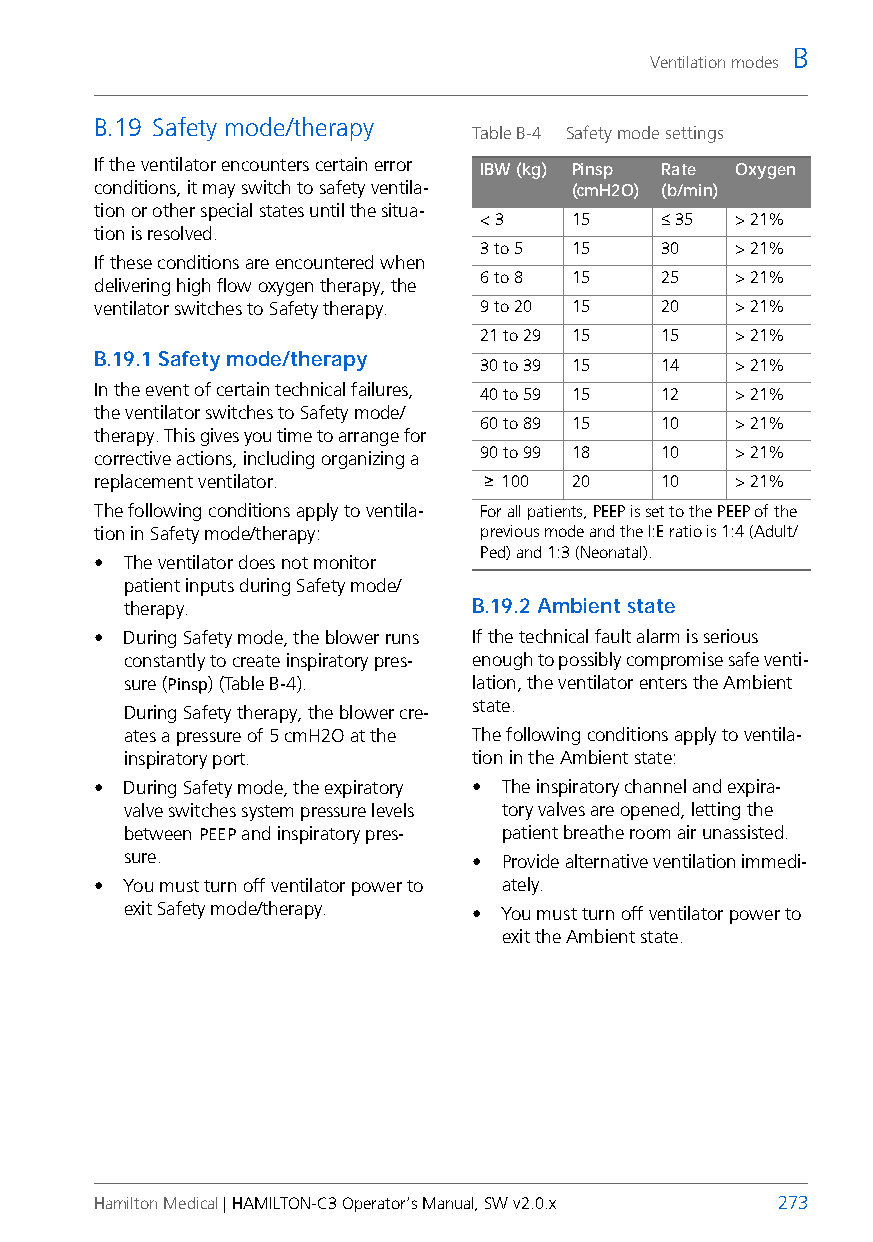
B
 Ventilation modes
 B.19 Safety mode/therapy
 Table B-4 Safety mode settings
 If the ventilator encounters certain error IBW (kg) Pinsp Rate Oxygen
 conditions, it may switch to safety ventila- (cmH2O) (b/min)
 tion or other special states until the situa-
 < 3   15    ≤ 35 > 21%
 tion is resolved.
 3 to 5 15   30   > 21%
 If these conditions are encountered when
 6 to 8 15   25   > 21%
 delivering high flow oxygen therapy, the
 ventilator switches to Safety therapy. 9 to 20 15 20 > 21%
 21 to 29 15 15   > 21%
 B.19.1Safety mode/therapy
 30 to 39 15 14   > 21%
 In the event of certain technical failures, 40 to 59 15 12 > 21%
 the ventilator switches to Safety mode/
 60 to 89 15 10   > 21%
 therapy. This gives you time to arrange for
 corrective actions, including organizing a 90 to 99 18 10 > 21%
 replacement ventilator.   ≥ 100 20    10   > 21%
 The following conditions apply to ventila- For all patients, PEEP is set to the PEEP of the
 tion in Safety mode/therapy: previous mode and the I:E ratio is 1:4 (Adult/
 Ped) and 1:3 (Neonatal).
 • The ventilator does not monitor
 patient inputs during Safety mode/
 therapy.               B.19.2Ambient state
 • During Safety mode, the blower runs If the technical fault alarm is serious
 constantly to create inspiratory pres- enough to possibly compromise safe venti-
 sure (Pinsp) (Table B-4). lation, the ventilator enters the Ambient
 state.
 During Safety therapy, the blower cre-
 ates a pressure of 5 cmH2O at the The following conditions apply to ventila-
 inspiratory port.      tion in the Ambient state:
 • During Safety mode, the expiratory • The inspiratory channel and expira-
 valve switches system pressure levels tory valves are opened, letting the
 between PEEP and inspiratory pres- patient breathe room air unassisted.
 sure.                  • Provide alternative ventilation immedi-
 • You must turn off ventilator power to ately.
 exit Safety mode/therapy. • You must turn off ventilator power to
 exit the Ambient state.
 Hamilton Medical | HAMILTON-C3 Operator’s Manual, SW v2.0.x 273